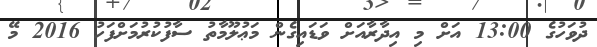
ދުވަހުގެ 13:00 އަށް މި އިދާރާއަށް ވަޑައިގެން މަޢުލޫމާތު ސާފުކުރުމަށްފަހު 2016 މޭ